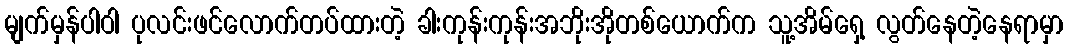
မျက်မှန်ပါဝါ ပုလင်းဖင်လောက်တပ်ထားတဲ့ ခါးကုန်းကုန်းအဘိုးအိုတစ်ယောက်က သူ့အိမ်ရှေ့ လွတ်နေတဲ့နေရာမှာ